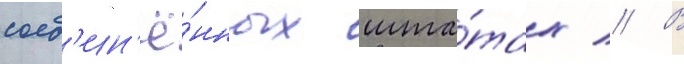
соед'ин'ё́нных шта́тах // В